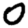
Digit: 0